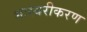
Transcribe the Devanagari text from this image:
भास्वरीकरण